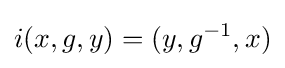
i(x,g,y)=(y,g^{-1},x)